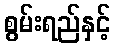
စွမ်းရည်နှင့်